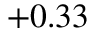
+ 0 . 3 3